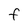
Character: f